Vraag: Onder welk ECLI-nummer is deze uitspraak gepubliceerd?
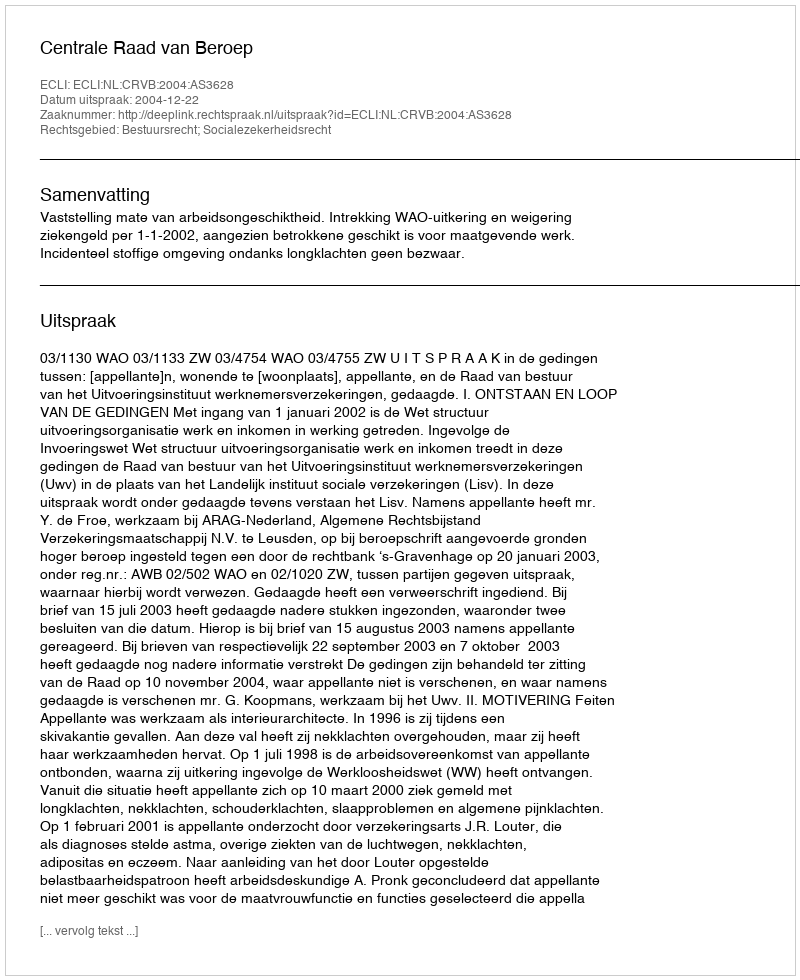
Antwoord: ECLI:NL:CRVB:2004:AS3628